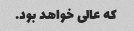
که عالی خواهد بود.